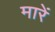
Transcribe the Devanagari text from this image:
मारेंं